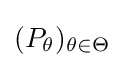
(P_{\theta })_{\theta \in \Theta }